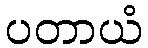
ပတာယံ